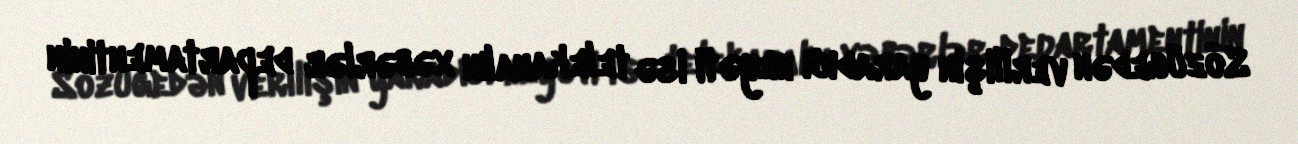
Sözügedən verilişin yaradıcı heyəti isə telekanalın xəbərlər departamentinin